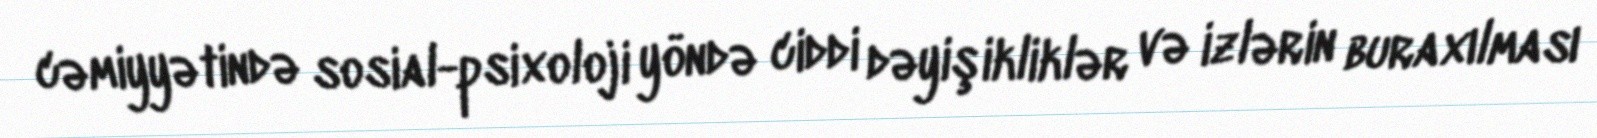
cəmiyyətində sosial-psixoloji yöndə ciddi dəyişikliklər və izlərin buraxılması